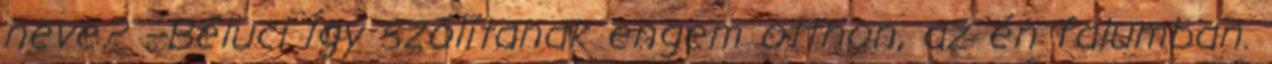
neve? --Béluci Így szólítanak engem otthon, az én falumban.